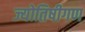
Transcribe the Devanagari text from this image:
ज्योतिषीगण